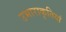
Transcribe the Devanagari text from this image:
उभाराकृतियां